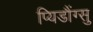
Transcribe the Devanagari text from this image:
प्यिडौंग्सु